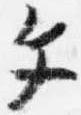
文